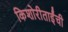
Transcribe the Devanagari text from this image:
किशोरीताईंची